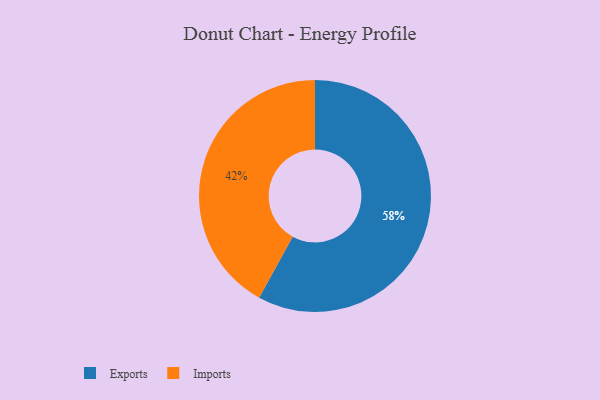
{"axis": {"x": "Category", "y": "Percentage"}, "legend": ["Exports", "Imports"], "data": [{"x": "Imports", "y": 42, "type": "Imports"}, {"x": "Exports", "y": 58, "type": "Exports"}]}